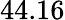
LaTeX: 44.16